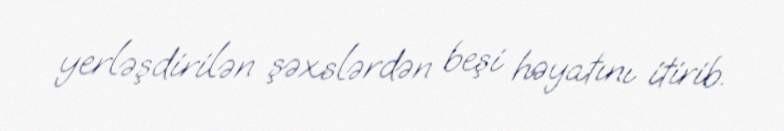
yerləşdirilən şəxslərdən beşi həyatını itirib.